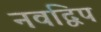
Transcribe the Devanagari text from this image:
नवद्विप